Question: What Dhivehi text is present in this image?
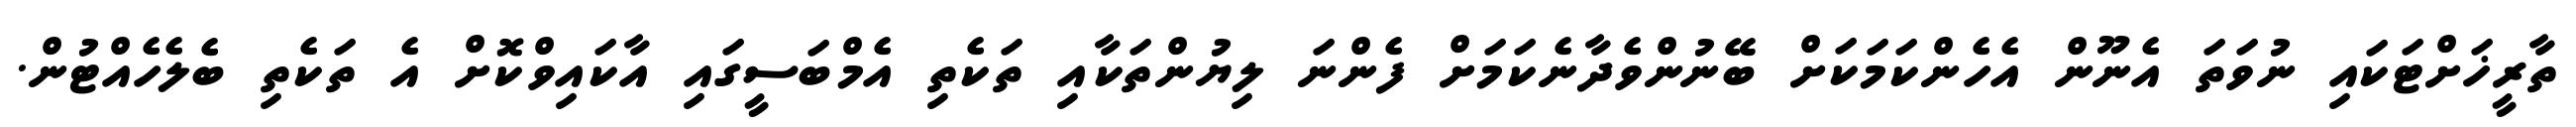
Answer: ތާރީޚަށްޓަކައި ނުވަތަ އެނޫން އެހެންކަމަކަށް ބޭނުންވެދާނެކަމަށް ފެންނަ ލިޔުންތަކާއި ތަކެތި އެމްބަސީގައި އާކައިވްކޮށް އެ ތަކެތި ބެލެހެއްޓުން.